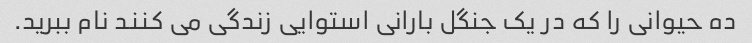
ده حیوانی را که در یک جنگل بارانی استوایی زندگی می کنند نام ببرید.